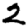
Digit: 2